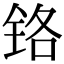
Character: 铬